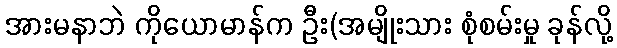
အားမနာဘဲ ကိုယောမာန်က ဦး(အမျိုးသား စုံစမ်းမှု ခုန်လို့